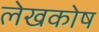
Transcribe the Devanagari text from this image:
लेखकोष